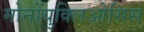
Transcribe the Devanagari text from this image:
मोनोंयुक्लिओसिस